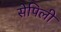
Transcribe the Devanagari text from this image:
सेपिली